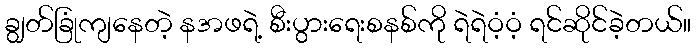
ချွတ်ခြုံကျနေတဲ့ နအဖရဲ့ စီးပွားရေးစနစ်ကို ရဲရဲဝံ့ဝံ့ ရင်ဆိုင်ခဲ့တယ်။